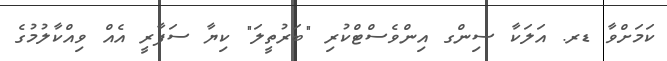
ކަމަށްވާ ޑރ. އަލަކާ ސިންގ އިންވެސްޓްކުރި "ބަރުތީލަ" ކިޔާ ސަފާރީ އެއް ވިއްކާލުމުގެ